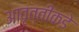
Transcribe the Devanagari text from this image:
आवृत्तीकडे